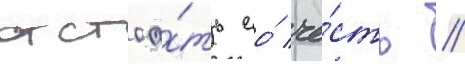
отстоа́ть ео́ че́сть //